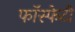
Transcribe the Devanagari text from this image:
फॉस्फेटी